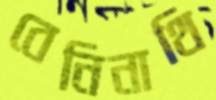
বেনিনাথি